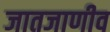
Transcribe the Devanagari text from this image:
जातजाणीव